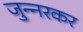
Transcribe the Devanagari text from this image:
जुन्‍नरकर